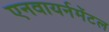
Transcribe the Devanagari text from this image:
एनवायर्नमेंटल